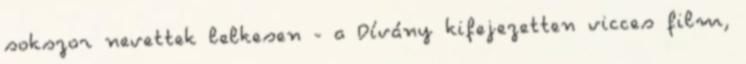
sokszor nevettek lelkesen - a Dívány kifejezetten vicces film,